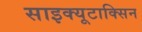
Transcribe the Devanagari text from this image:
साइक्यूटाक्सिन